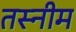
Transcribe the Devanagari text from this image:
तस्नीम